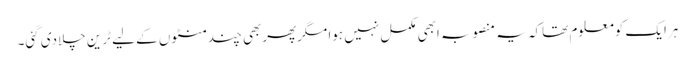
ہرایک کومعلوم تھاکہ یہ منصوبہ ابھی مکمل نہیں ہوا مگرپھربھی چندمنٹوں کے لیے ٹرین چلادی گئی۔